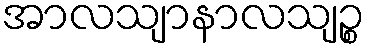
အာလသျာနာလသျဉ္စ